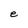
Character: e